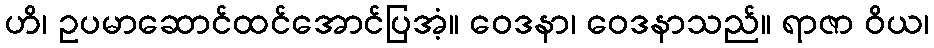
ဟိ၊ ဥပမာဆောင်ထင်အောင်ပြအံ့။ ဝေဒနာ၊ ဝေဒနာသည်။ ရာဇာ ဝိယ၊